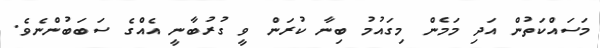
މަސައްކަތުން އަދި މަމެން މިގައުމު ބިނާ ކުރަން ވީ ގުރުބާނީ އެއްގެ ސަބަަބުންނެވެ.